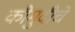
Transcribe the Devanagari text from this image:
कौमुदीचे